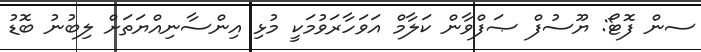
ސން ފޮޓޯ: ޔޫސުފް ޞަފްވާން ކަލާމް އަވަހާރަވުމަކީ މުޅި އިންސާނިއްޔަތަށް ލިބުނު ބޮޑު